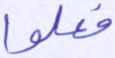
فعلوا